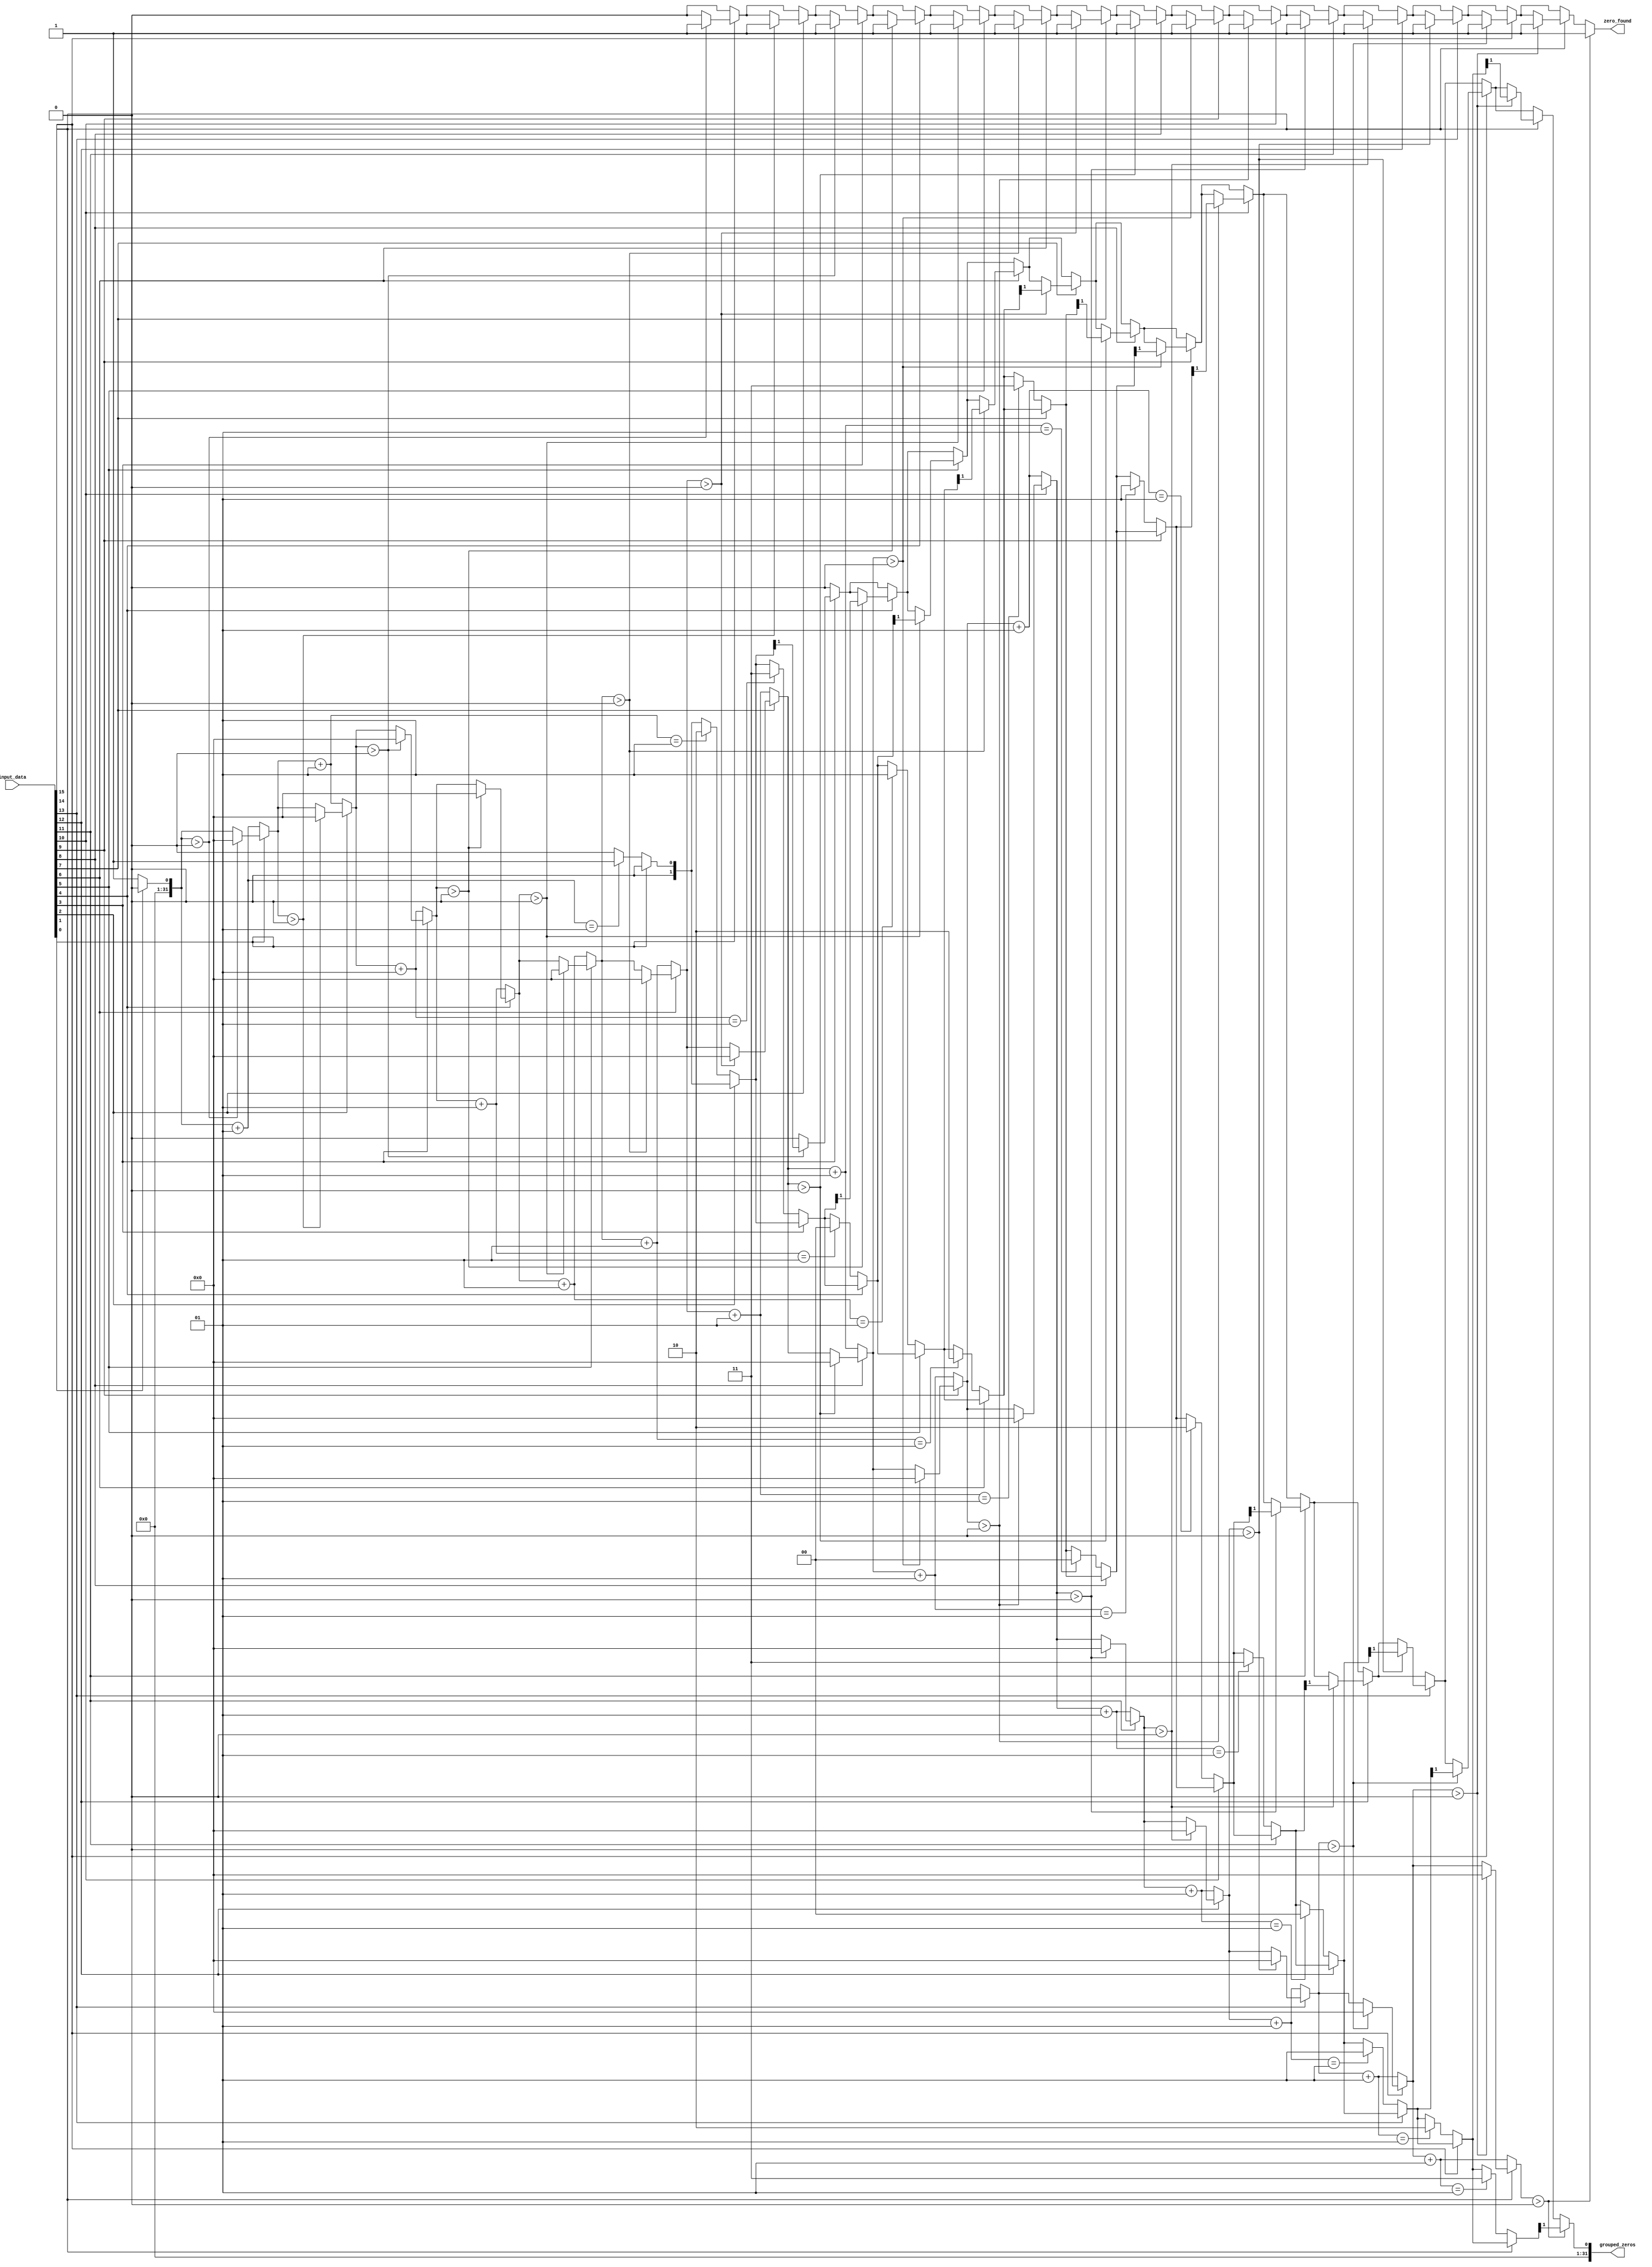
module grouping_of_zeros #(parameter N = 16, // Size of input_data
                            parameter M = N) // Size of grouped_zeros output (can be adjusted)
(
    input wire [N-1:0] input_data,
    output reg [M*2-1:0] grouped_zeros, // Each group has a length and an index
    output reg zero_found
);

    integer i;
    integer count;
    integer position;
    reg [M-1:0] temp_grouped_zeros; // Temporary storage for grouped zeros

    always @(*) begin
        count = 0;
        position = 0;
        zero_found = 0; // Default to zero found signal low
        temp_grouped_zeros = 0; // Clear temp storage for grouped zeros

        for (i = 0; i < N; i = i + 1) begin
            if (input_data[i] == 0) begin
                count = count + 1;
                if (count == 1) begin
                    position = i; // Mark the starting position of zero sequence
                end
            end else begin
                if (count > 0) begin
                    // Store the length and position of the zero sequence in grouped_zeros
                    temp_grouped_zeros[(2*(M-1)):(2*(M-1)-2)] = {1'b0, count}; // Store length in temp
                    temp_grouped_zeros[(2*(M-1)-2)-(2*(M-1)-1):(2*(M-1)-2)-(2*(M-1)-2)] = position; // Store index
                    zero_found = 1; // Set zero found flag
                    count = 0; // Reset count for next sequence
                end
            end
            
            // If the last bit has been processed and we still have a zero count
            if (i == N-1 && count > 0) begin
                temp_grouped_zeros[(2*(M-1)):(2*(M-1)-2)] = {1'b0, count}; // Store length
                temp_grouped_zeros[(2*(M-1)-2)-(2*(M-1)-1):(2*(M-1)-2)-(2*(M-1)-2)] = position; // Store index
                zero_found = 1; // Set zero found flag
            end
        end

        grouped_zeros = temp_grouped_zeros; // Assign temp storage to grouped zeros output
    end

endmodule